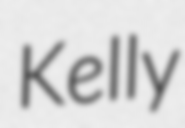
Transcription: Kelly